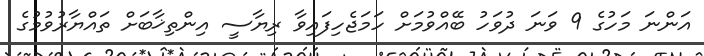
އަންނަ މަހުގެ 9 ވަނަ ދުވަހު ބޭއްވުމަށް ހަމަޖެހިފައިވާ ރިޔާސީ އިންތިޚާބަށް ތައްޔާރުވުމުގެ